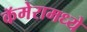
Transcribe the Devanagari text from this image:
कॅमेरामध्ये